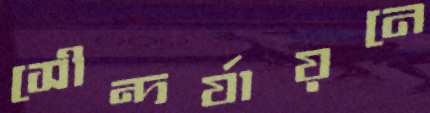
সৌন্দর্যায়নে